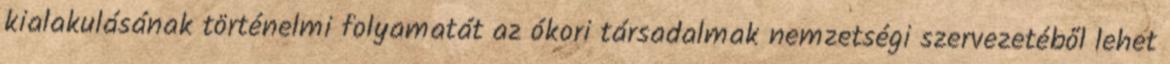
kialakulásának történelmi folyamatát az ókori társadalmak nemzetségi szervezetéből lehet